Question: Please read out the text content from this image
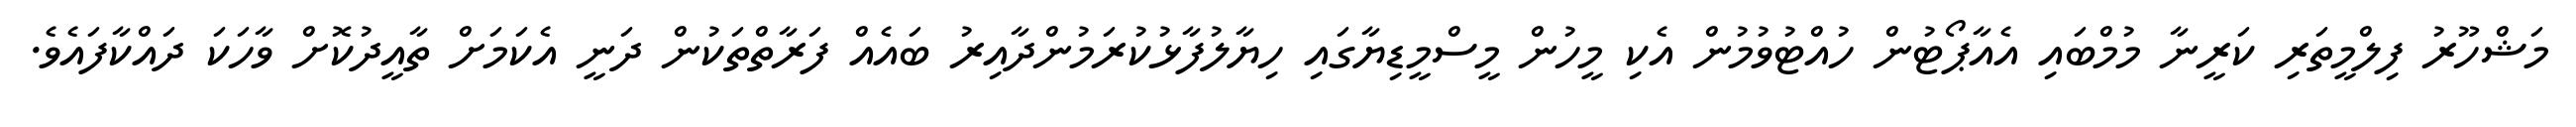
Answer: މަޝްހޫރު ފިލްމީތަރި ކަރީނާ މުމްބައި އެއާޕޯޓުން ހުއްޓުވުމުން އެކި މީހުން މީސްމީޑިޔާގައި ހިޔާލުފާޅުކުރަމުންދާއިރު ބައެއް ފަރާތްތަކުން ދަނީ އެކަމަށް ތާއީދުކޮށް ވާހަކަ ދައްކާފައެވެ.